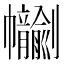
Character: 𢆂